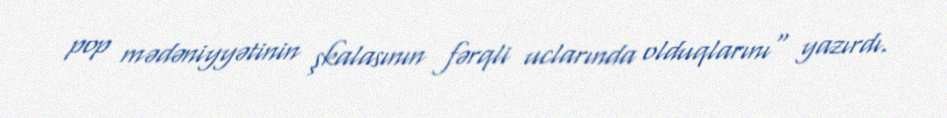
pop mədəniyyətinin şkalasının fərqli uclarında olduqlarını" yazırdı.